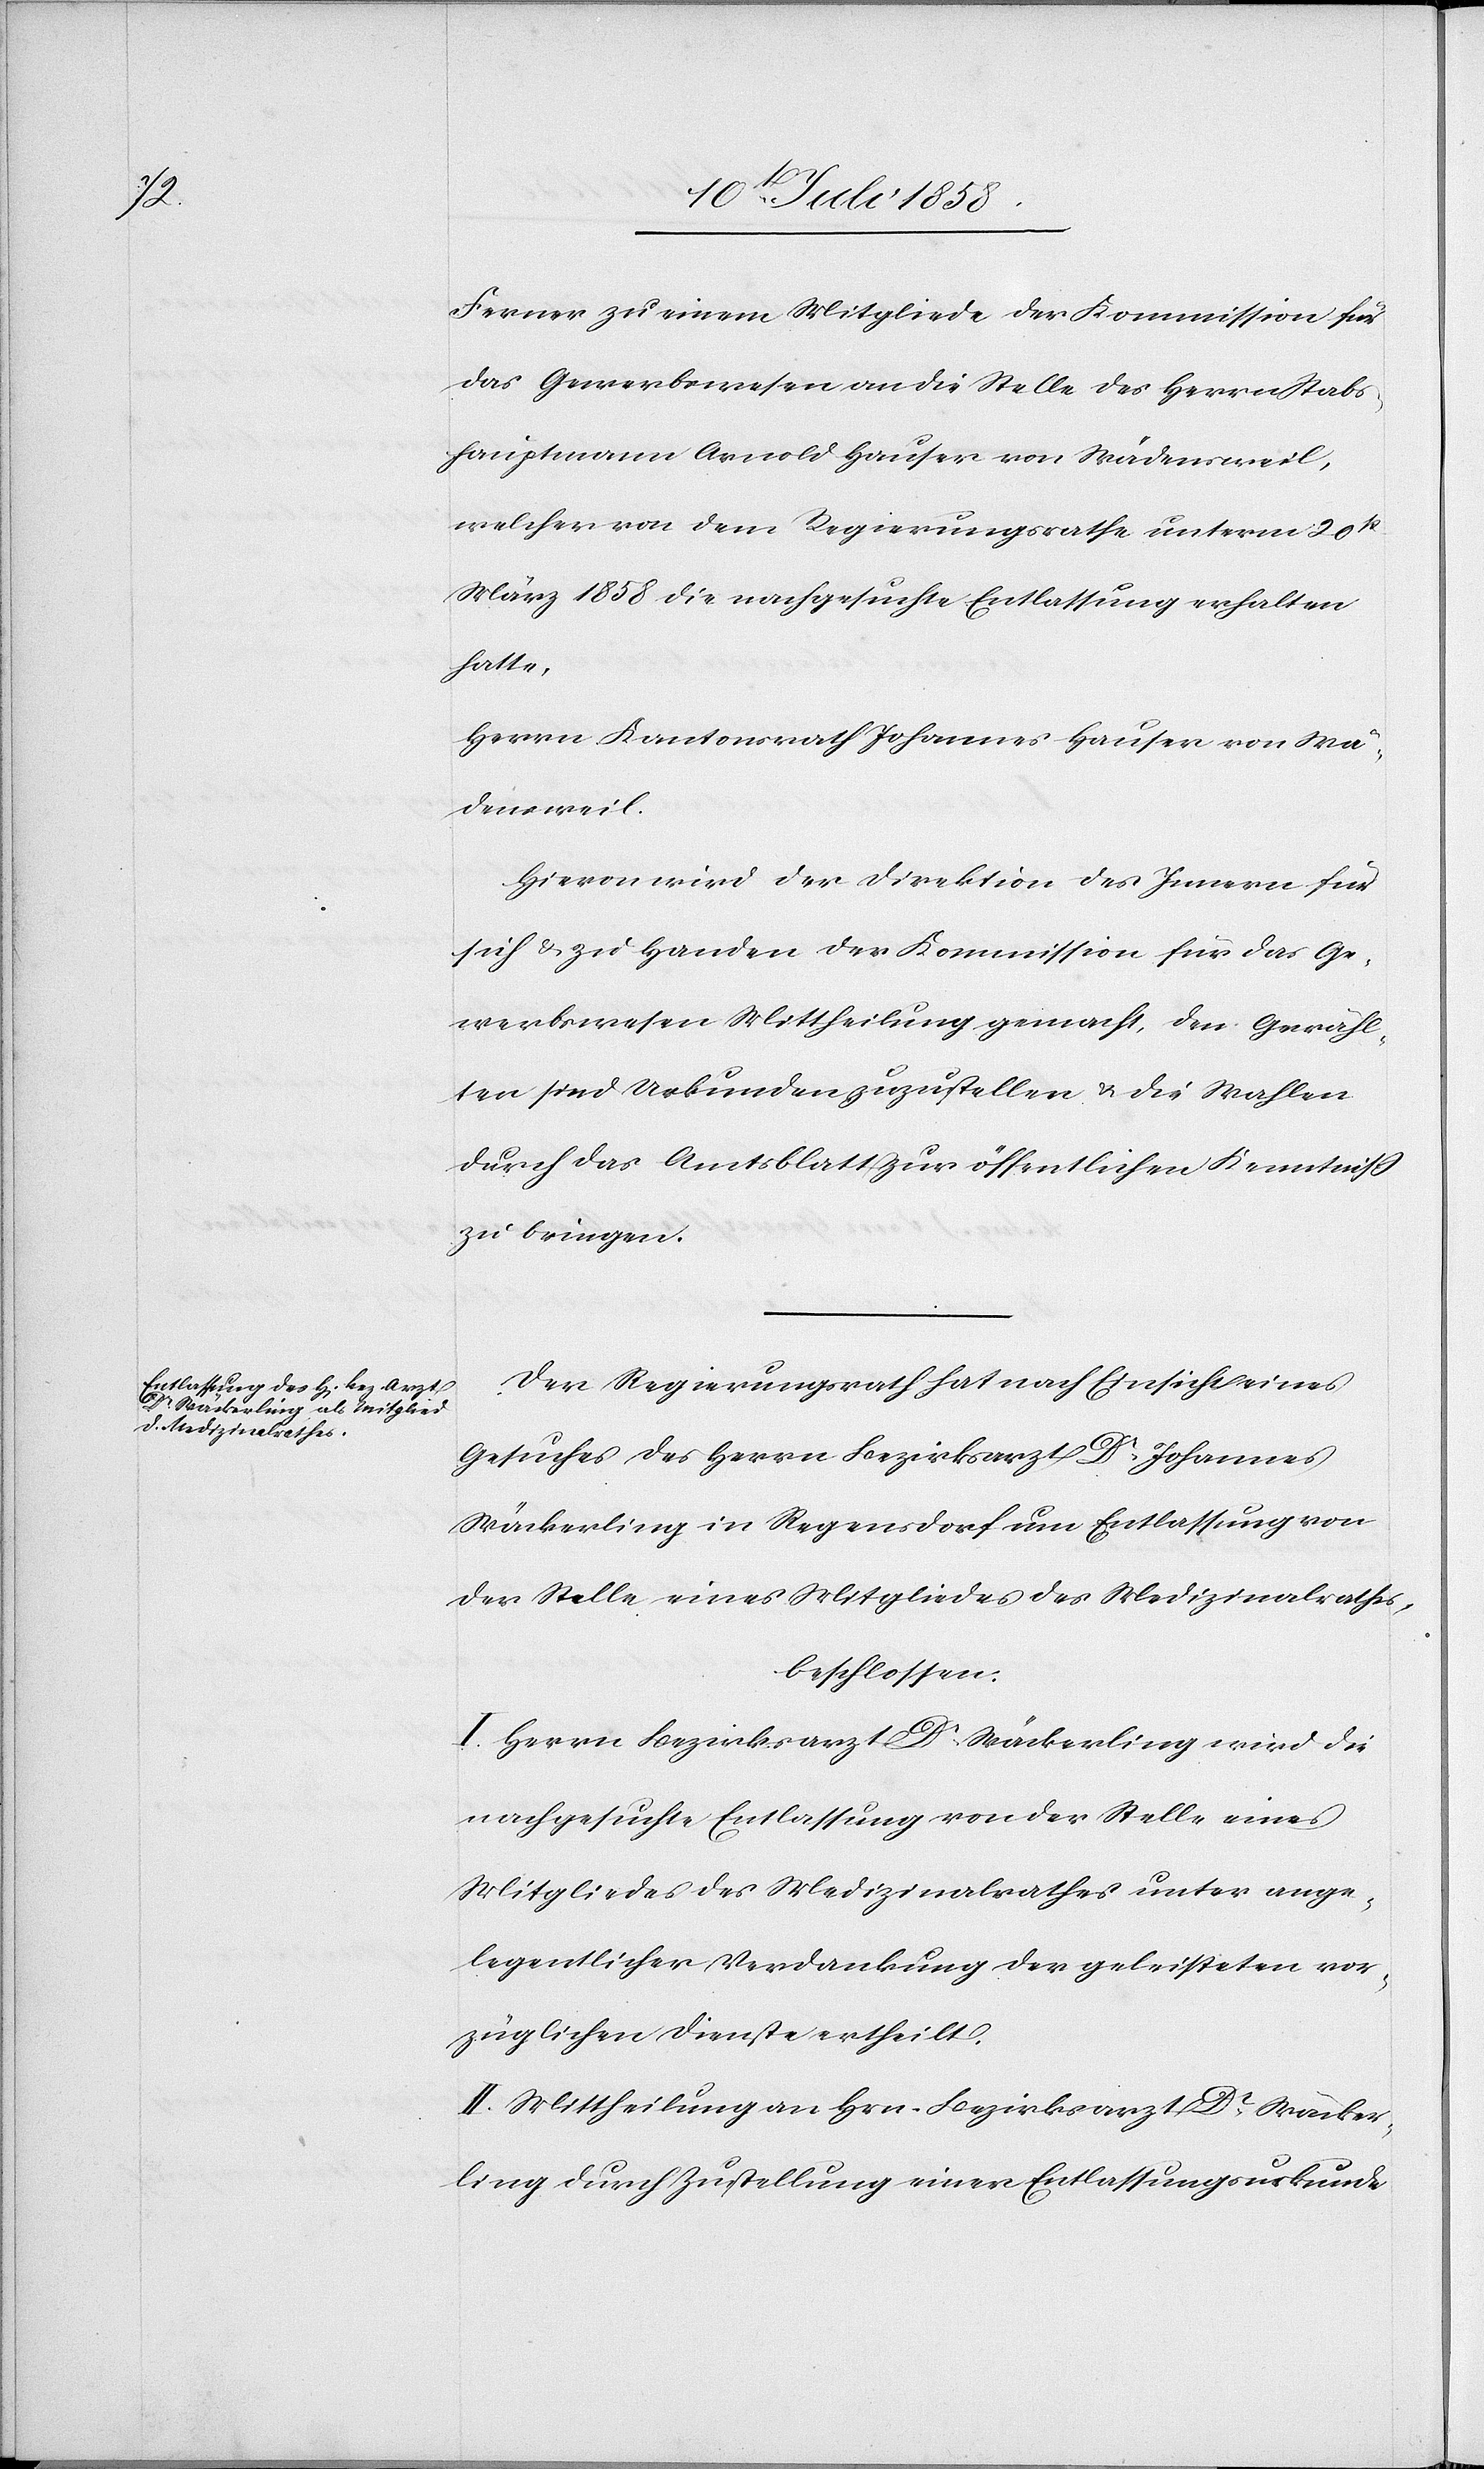
Ferner zu einem Mitgliede der Kommission für
das Gewerbswesen an die Stelle des Herrn Stabs¬
hauptmann Arnold Hauser von Wädensweil,
welcher von dem Regierungsrathe unterm 20st
März 1858 die nachgesuchte Entlassung erhalten
hatte,
Herrn Kantonsrath Johannes Hauser von Wä¬
densweil.
Hievon wird der Direktion des Innern für
sich & zu Handen der Kommission für das Ge¬
werbswesen Mittheilung gemacht, den Gewähl¬
ten sind Urkunden zuzustellen & die Wahlen
durch das Amtsblatt zur öffentlichen Kenntniss
zu bringen.
Der Regierungsrath hat nach Einsicht eines
Gesuches des Herrn Bezirksarzt Dr. Johannes
Wäckerling in Regensdorf um Entlassung von
der Stelle eines Mitgliedes des Medizinalrathes,
beschlossen:
I. Herrn Bezirksarzt Dr. Wäckerling wird die
nachgesuchte Entlassung von der Stelle eines
Mitgliedes des Medizinalrathes unter ange¬
legentlicher Verdankung der geleisteten vor¬
züglichen Dienste ertheilt.
II. Mittheilung an Hrn. Bezirksarzt Dr. Wäcker¬
ling durch Zustellung einer Entlassungsurkunde